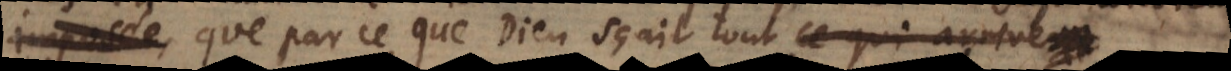
convient, que par ce que Dieu sçait tout. ce qui arrivera